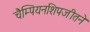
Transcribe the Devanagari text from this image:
चैम्पियनशिपजीतने